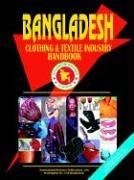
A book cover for Bangladesh Clothing & Textile Industry Handbook; Ibp Usa; Travel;